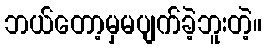
ဘယ်တော့မှမပျက်ခဲ့ဘူးတဲ့။